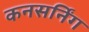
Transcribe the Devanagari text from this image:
कनसर्निंग